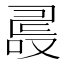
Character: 𠭵